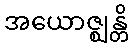
အယောဇ္ဈန္တိ